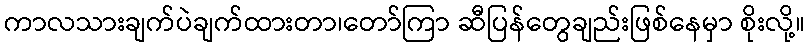
ကာလသားချက်ပဲချက်ထားတာ၊တော်ကြာ ဆီပြန်တွေချည်းဖြစ်နေမှာ စိုးလို့။